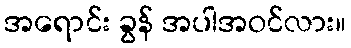
အရောင်း ခွန် အပါအဝင်လား။